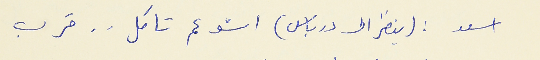
اسعد : (ينظر الى درباس) اشو عم تاكل . . قرب